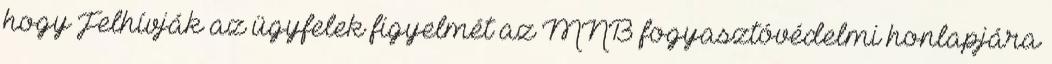
hogy Felhívják az ügyfelek figyelmét az MNB fogyasztóvédelmi honlapjára